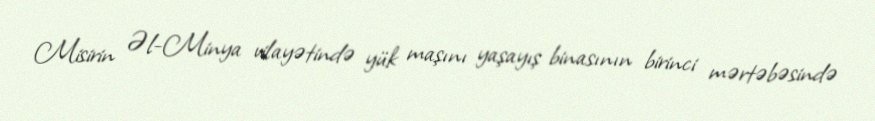
Misirin Əl-Minya vilayətində yük maşını yaşayış binasının birinci mərtəbəsində